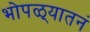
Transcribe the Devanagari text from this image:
भोपळ्यातनं